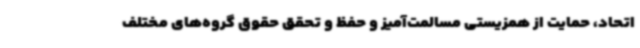
اتحاد، حمایت از همزیستی مسالمت‌آمیز و حفظ و تحقق حقوق گروه‌های مختلف